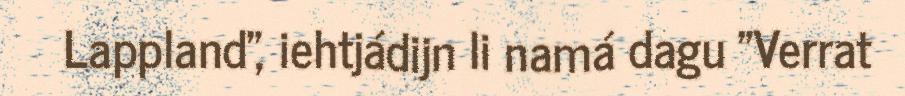
Lappland", iehtjádijn li namá dagu "Verrat